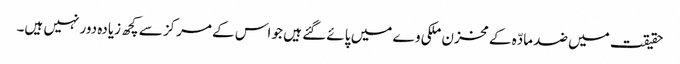
حقیقت میں ضد مادّہ کے مخزن ملکی وے میں پائے گئے ہیں جو اس کے مرکز سے کچھ زیادہ دور نہیں ہیں۔